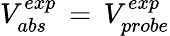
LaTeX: V_{abs}^{exp}\, =\, V_{probe}^{exp}